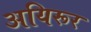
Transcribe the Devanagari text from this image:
अयिरूर